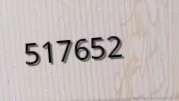
517652